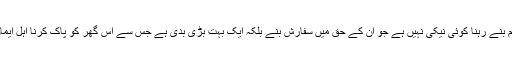
ان کا اس گھر کا منتظم بنے رہنا کوئی نیکی نہیں ہے جو ان کے حق میں سفارش بنے بلکہ ایک بہت بڑی بدی ہے جس سے اس گھر کو پاک کرنا اہل ایمان کا اولین فریضہ ہے۔